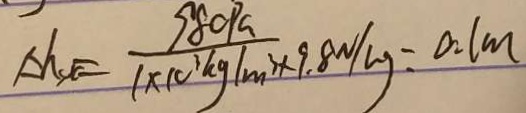
\Delta h _ { s t } = \frac { 9 8 0 P a } { 1 \times 1 0 ^ { 3 } k g / m ^ { 3 } \times 9 . 8 N / k g } = 0 . 1 m